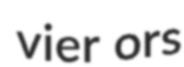
vier ors